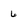
Character: 6